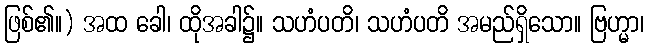
ဖြစ်၏။) အထ ခေါ၊ ထိုအခါ၌။ သဟံပတိ၊ သဟံပတိ အမည်ရှိသော။ ဗြဟ္မာ၊